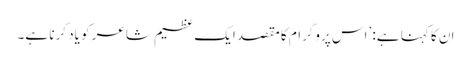
ان کا کہنا ہے: ’اس پروگرام کا مقصد ایک عظیم شاعر کو یاد کرنا ہے۔